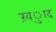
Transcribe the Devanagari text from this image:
ख़्ुाद